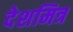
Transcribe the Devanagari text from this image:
देशमित्र